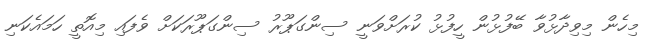
މިހެން މިވިދާޅުވާ ބޭފުޅުން ހީފުޅު ކުރަށްވަނީ ސިންގަޕޫރު ސިންގަޕޫރަކަށް ވެފައި މިއޮތީ ހަމައެކަނި